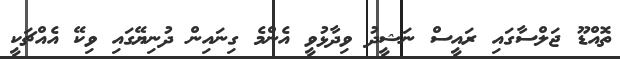
ތޮއްޑޫ ޖަލްސާގައި ރައީސް ނަޝީދު ވިދާޅުވީ އެންމެ ގިނައިން ދުނިޔޭގައި ވިކޭ އެއްޗަކީ